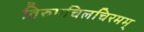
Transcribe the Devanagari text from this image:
तिरुपचिलचिरमम्